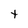
Character: t